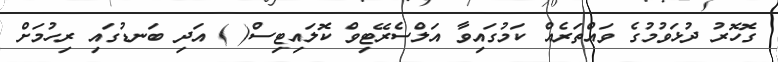
ގޮހޮރު ދުޅަވުމުގެ ވައްތަރެއް ކަމުގައިވާ އަލްސެރޭޓިވް ކޮލައިޓިސް( ) އަދި ބަނޑުގައި ރިހުމަށް